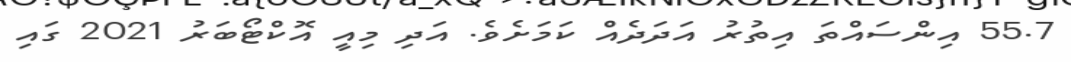
55.7 އިންސައްތަ އިތުރު އަދަދެއް ކަމަށެވެ. އަދި މިއީ އޮކްޓޯބަރު 2021 ގައި